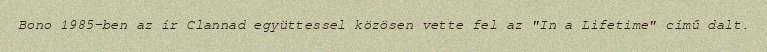
Bono 1985-ben az ír Clannad együttessel közösen vette fel az "In a Lifetime" című dalt.